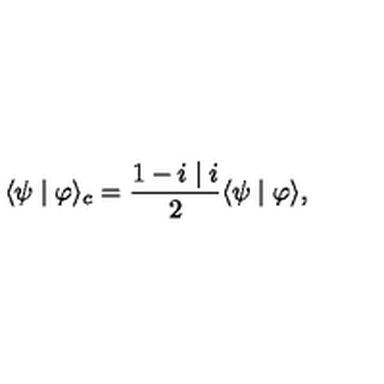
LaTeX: \langle \psi \mid \varphi \rangle _ { c } = \frac { 1 - i \mid i } { 2 } \langle \psi \mid \varphi \rangle ,